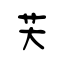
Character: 芖